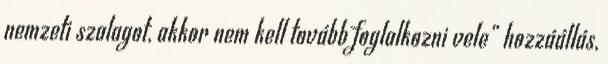
nemzeti szalagot, akkor nem kell tovább foglalkozni vele” hozzáállás,